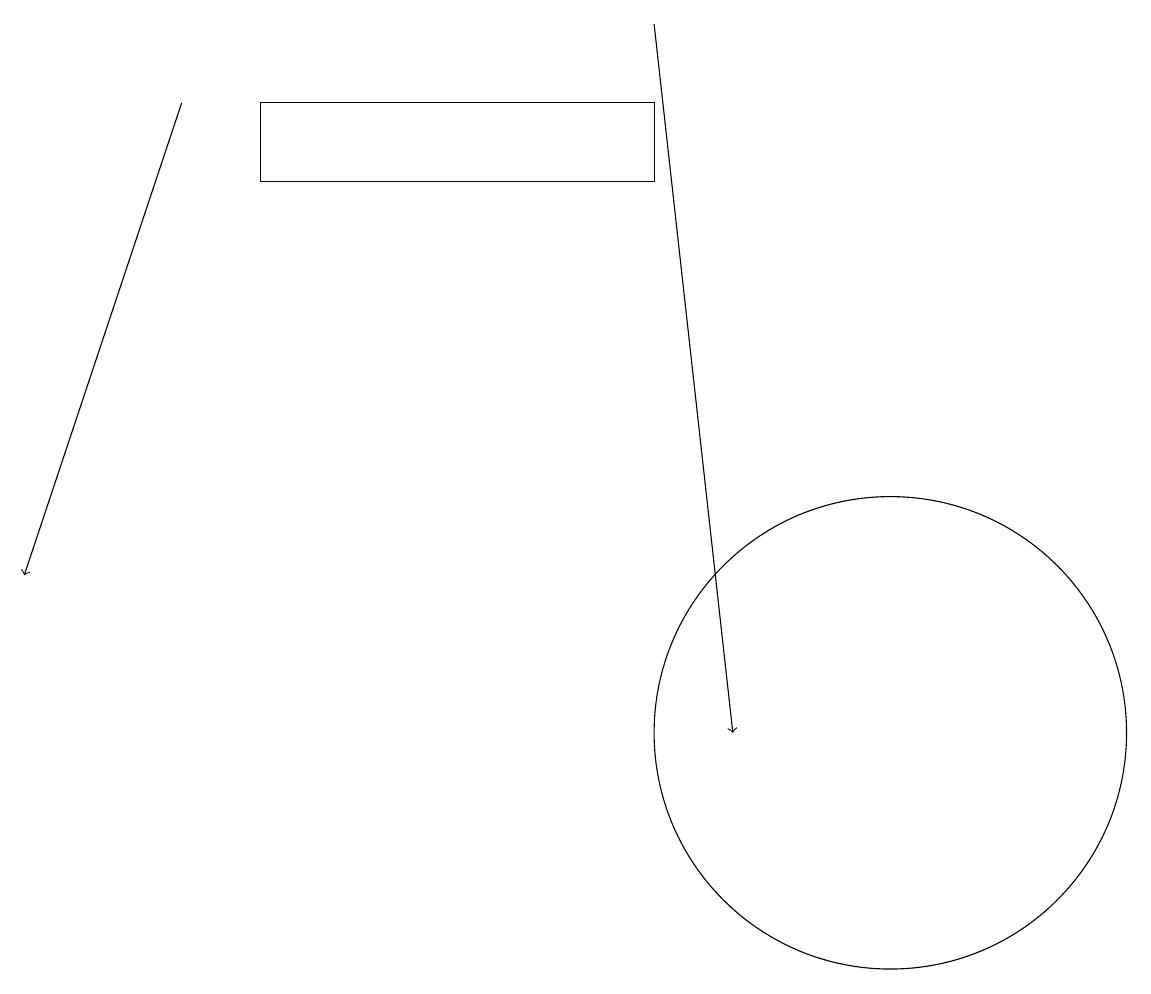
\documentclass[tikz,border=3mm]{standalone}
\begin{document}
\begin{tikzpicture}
\draw[->] (2,18) -- (0,12);
\draw[->] (8,19) -- (9,10);
\draw (3,18) rectangle (8,17);
\draw (11,10) circle (3);
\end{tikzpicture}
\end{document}